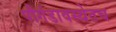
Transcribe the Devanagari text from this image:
पौगंडावस्थेतच